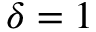
\delta = 1